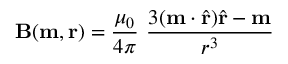
\mathbf { B } ( \mathbf { m } , \mathbf { r } ) = { \frac { \mu _ { 0 } } { 4 \pi } } \ { \frac { 3 ( \mathbf { m } \cdot { \hat { \mathbf { r } } } ) { \hat { \mathbf { r } } } - \mathbf { m } } { r ^ { 3 } } }